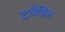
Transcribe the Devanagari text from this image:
ट्वैडिल